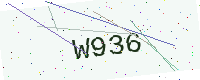
Text: W936